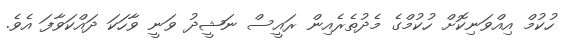
ހުކުމް އިއްވަނިކޮށް ހުކުމްގެ މެދުތެރެއިން ރައީސް ނަޝީދު ވަނީ ވާހަކަ ދައްކަވާފަ އެވެ.